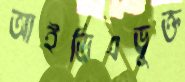
আইডিএভুক্ত